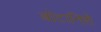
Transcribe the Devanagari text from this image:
बोटानिशे